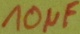
Text: 10µF